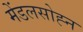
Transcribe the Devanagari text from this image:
मेंडलसोह्न